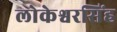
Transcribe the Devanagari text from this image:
लोकेश्वरसिंह